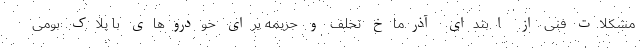
مشکلات فنی از ابتدای آذرماخ تخلف و جریمه برای خودروهای با پلاک بومی